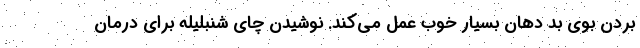
بردن بوی بد دهان بسیار خوب عمل می‌کند. نوشیدن چای شنبلیله برای درمان